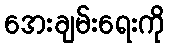
အေးချမ်းရေးကို